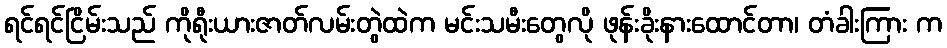
ရင်ရင်ငြိမ်းသည် ကိုရီုးယားဇာတ်လမ်းတွဲထဲက မင်းသမီးတွေလို ဖုန်းခိုးနားထောင်တာ၊ တံခါးကြား က